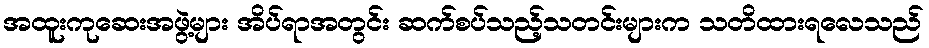
အထူးကုဆေးအဖွဲ့များ အိပ်ရာအတွင်း ဆက်စပ်သည့်သတင်းများက သတိထားရလေသည်